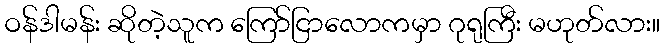
ဝန်ဒါမန်း ဆိုတဲ့သူက ကြော်ငြာလောကမှာ ဂုရုကြီး မဟုတ်လား။